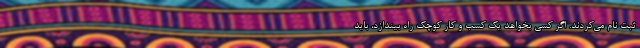
ثبت نام می‌کردند. اگر کسی بخواهد یک کسب و کار کوچک راه بیندازد، باید